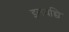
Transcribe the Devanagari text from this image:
इलयच्चि